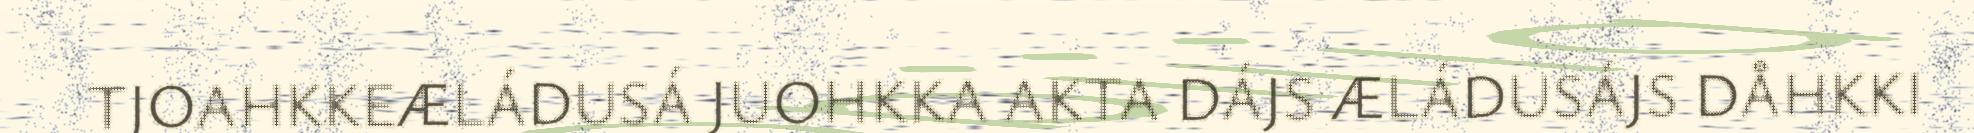
TJOAHKKEÆLÁDUSÁ JUOHKKA AKTA DÁJS ÆLÁDUSÁJS DÅHKKI